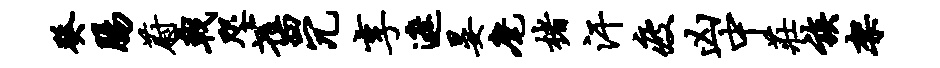
癸肠蔚戟咫旧冗享遮晏麾楮汗疲凶中庄族架